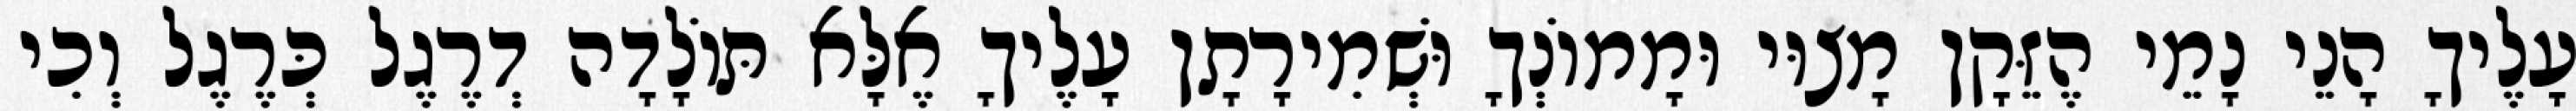
עָלֶיךָ הָנֵי נָמֵי הֶזֵּקָן מָצוּי וּמָמוֹנְךָ וּשְׁמִירָתָן עָלֶיךָ אֶלָּא תּוֹלָדָה דְרֶגֶל כְּרֶגֶל וְכִי